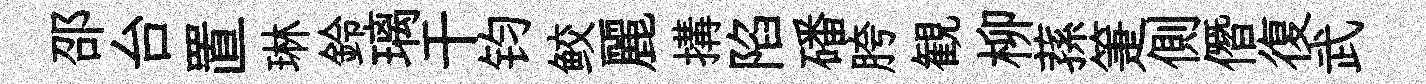
邵台置琳鈴璃干钧鲛麗搆陷磻胯観柳蓀箑側僭復武